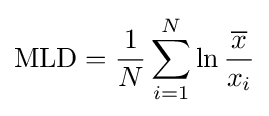
\mathrm {MLD} ={\frac {1}{N}}\sum _{i=1}^{N}\ln {\frac {\overline {x}}{x_{i}}}